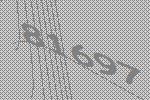
81697